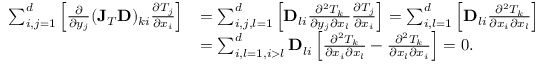
\begin{array} { r l } { \sum _ { i , j = 1 } ^ { d } \left[ \frac { \partial } { \partial y _ { j } } ( \mathbf { J } _ { T } \mathbf { D } ) _ { k i } \frac { \partial T _ { j } } { \partial x _ { i } } \right] } & { = \sum _ { i , j , l = 1 } ^ { d } \left[ \mathbf { D } _ { l i } \frac { \partial ^ { 2 } T _ { k } } { \partial y _ { j } \partial x _ { l } } \frac { \partial T _ { j } } { \partial x _ { i } } \right] = \sum _ { i , l = 1 } ^ { d } \left[ \mathbf { D } _ { l i } \frac { \partial ^ { 2 } T _ { k } } { \partial x _ { i } \partial x _ { l } } \right] } \\ & { = \sum _ { i , l = 1 , i > l } ^ { d } \mathbf { D } _ { l i } \left[ \frac { \partial ^ { 2 } T _ { k } } { \partial x _ { i } \partial x _ { l } } - \frac { \partial ^ { 2 } T _ { k } } { \partial x _ { l } \partial x _ { i } } \right] = 0 . } \end{array}